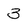
Character: 3